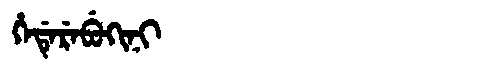
Manchu: ᡥᡝᡩᡝᡵᡝᠪᡠᡴᡳᠨᡳ
Romanization: HEDEREBUKINI